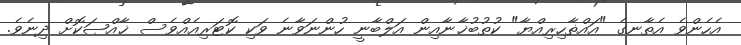
އެހެންވެ އެތާނގެ "އައްޡާހިރިއްޔާ" ކުތުބުޚާނާއިން އަލްބާނީ ހުންނަވާނެ ވަކި ކޮޓަރިއެއްވެސް ޚާއްޞަކޮށް ދިނެވެ.